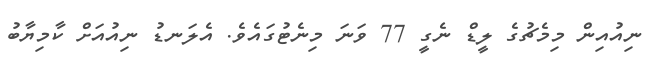
ނިއުއިން މިމެޗުގެ ލީޑް ނެގީ 77 ވަނަ މިނެޓުގައެވެ. އެލަނޑު ނިއުއަށް ކާމިޔާބު